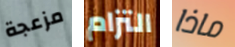
مزعجة التزام ماذا